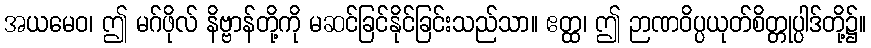
အယမေဝ၊ ဤ မဂ်ဖိုလ် နိဗ္ဗာန်တို့ကို မဆင်ခြင်နိုင်ခြင်းသည်သာ။ ဧတ္ထ၊ ဤ ဉာဏဝိပ္ပယုတ်စိတ္တုပ္ပါဒ်တို့၌။